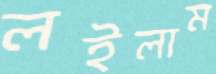
লইলাম